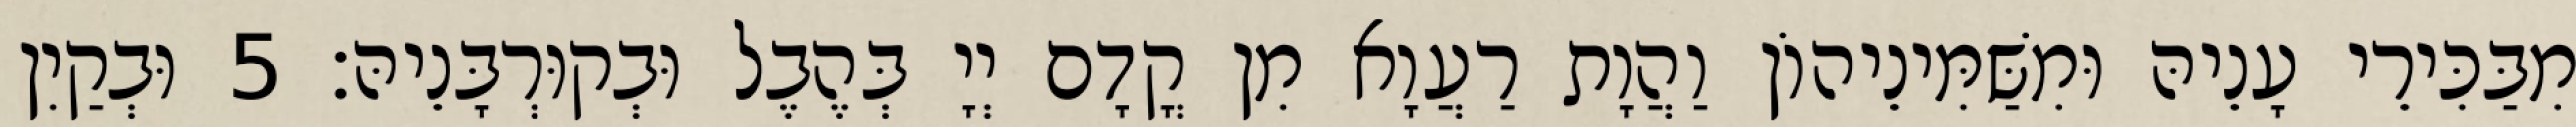
מִבַּכִּירֵי עָנֵיהּ וּמִשַּׁמִּינֵיהוֹן וַהֲוָת רַעֲוָא מִן קֳדָם יְיָ בְּהֶבֶל וּבְקוּרְבָּנֵיהּ׃ 5 וּבְקַיִן